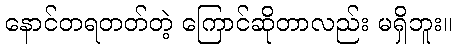
နောင်တရတတ်တဲ့ ကြောင်ဆိုတာလည်း မရှိဘူး။